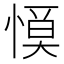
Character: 𢞹